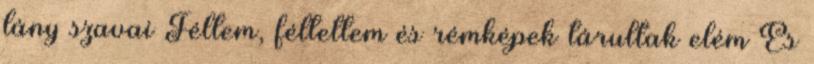
lány szavai Féltem, féltettem és rémképek tárultak elém És